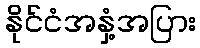
နိုင်ငံအနှံ့အပြား